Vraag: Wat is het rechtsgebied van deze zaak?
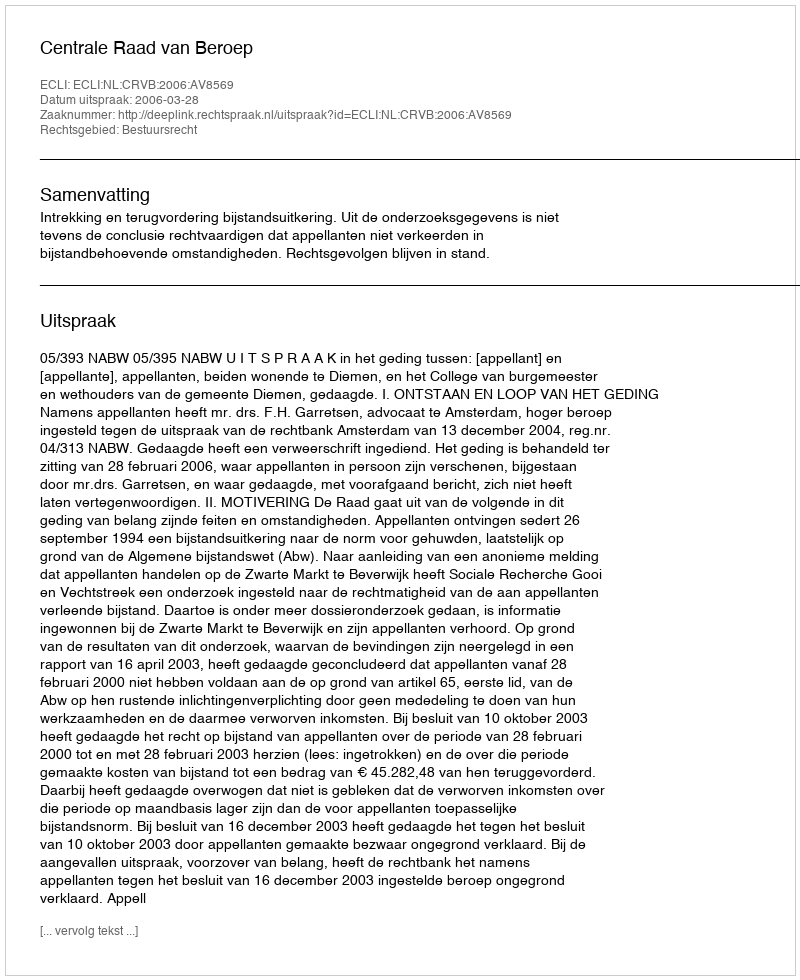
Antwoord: Bestuursrecht